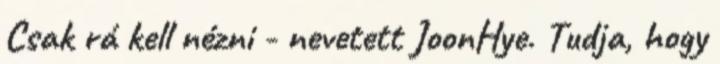
Csak rá kell nézni - nevetett JoonHye. Tudja, hogy